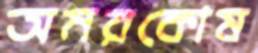
অমরকোষ